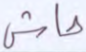
حاش